Annual report of the Punjab Veterinary College and of the Civil Veterinary Department, Punjab - 1926-1932
Year: 1926
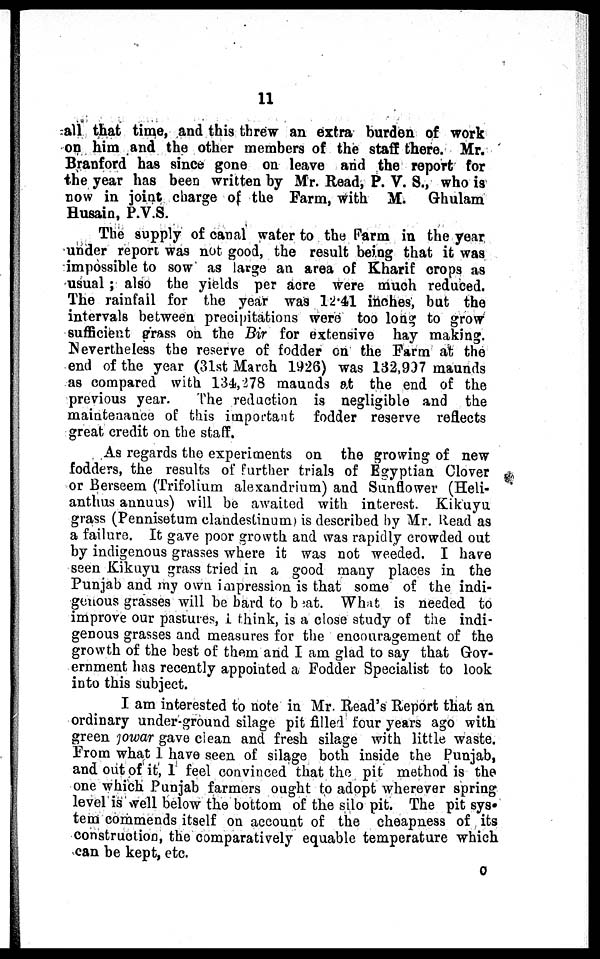
11
all that time, and this threw an extra burden of work
on him and the other members of the staff there. Mr.
Branford has since gone on leave and the report for
the year has been written by Mr. Read, P. V. S., who is
now in joint charge of the Farm, with M.
Ghulam
Husain, P.V.S.
The supply of canal water to the Farm in the year
under report was not good, the result being that it was
impossible to sow as large an area of Kharif crops as
usual; also the yields per acre were much reduced.
The rainfall for the year was 12.41 inches, but the
intervals between precipitations were too long to grow
sufficient grass on the Bir for extensive hay making.
Nevertheless the reserve of fodder on the Farm at the
end of the year (31st March 1926) was 132,997 maunds
as compared with 134,278 maunds at the end of the
previous year.
The reduction is negligible and the
maintenance of this important fodder reserve reflects
great credit on the staff.
As regards the experiments on the growing of new
fodders, the results of further trials of Egyptian Clover
or Berseem (Trifolium alexandrium) and Sunflower (Heli-
anthus annus) will be awaited with interest. Kikuyu
grass (Pennisetum elandestinum is described by Mr. Read as
a failure. It gave poor growth and was rapidly crowded out
by indigenous grasses where it was not weeded. I have
seen Kikuyu grass tried in a good many places in the
Punjab and my own impression is that some of the indi-
genous grasses will be bard to beat. What is needed to
improve our pastures, I think, is a close study of the indi-
genous grasses and measures for the encouragement of the
growth of the best of them and I am glad to say that Gov-
ernment has recently appointed a Fodder Specialist to look
into this subject.
I am interested to note in Mr. Read's Report that an
ordinary under-ground silage pit filled four years ago with
green jowar gave clean and fresh silage with little waste.
From what I have seen of silage both inside the Punjab,
and out of it, 1 feel convinced that the pit method is the
one which Punjab farmers ought to adopt wherever spring
level is well below the bottom of the silo pit. The pit sys-
tem commends itself on account of the cheapness of its
construction, the comparatively equable temperature which
can be kept, etc.
0